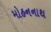
મોહનનાથ